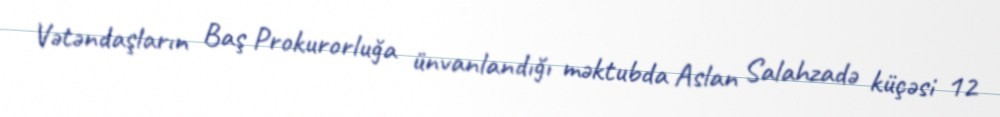
Vətəndaşların Baş Prokurorluğa ünvanlandığı məktubda Aslan Salahzadə küçəsi 12